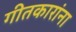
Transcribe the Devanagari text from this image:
गीतकारांना